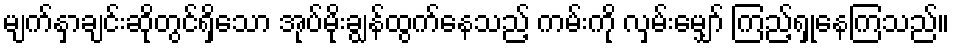
မျက်နှာချင်းဆိုတွင်ရှိသော အုပ်မိုးချွန်ထွက်နေသည့် ကမ်းကို လှမ်းမျှော် ကြည့်ရှုနေကြသည်။